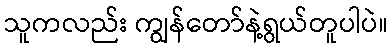
သူကလည်း ကျွန်တော်နဲ့ရွယ်တူပါပဲ။